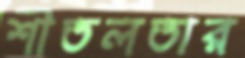
শীতলতার